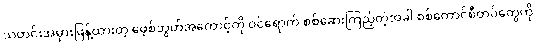
သတင်းအမှားဖြန့်ထားတဲ့ ဖေ့စ်ဘွတ်အကောင့်ကို ဝင်ရောက် စစ်ဆေးကြည့်တဲ့အခါ စစ်ကောင်စီတပ်တွေကို